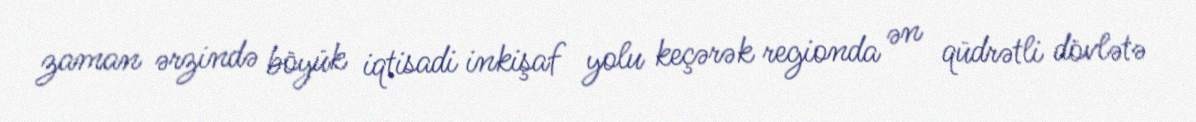
zaman ərzində böyük iqtisadi inkişaf yolu keçərək regionda ən qüdrətli dövlətə